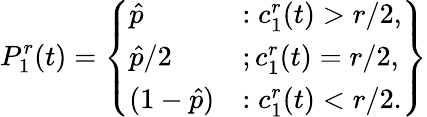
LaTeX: P_{1}^{r}(t)=\left\{ \begin{array}{ll}{\hat{p}}&{:c_{1}^{r}(t)>r/2,}\\ {\hat{p}/2}&{;c_{1}^{r}(t)=r/2,}\\ {(1-\hat{p})}&{:c_{1}^{r}(t)<r/2.}\end{array}\right\}